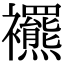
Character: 𧟍